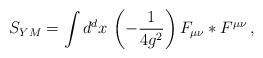
LaTeX: \begin{align*}S_{YM} = \int d^d x\, \left( -\frac{1}{4 g^2} \right) F_{\mu\nu} *F^{\mu\nu} \, , \end{align*}